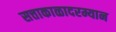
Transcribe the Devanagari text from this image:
सत्ताकाळादरम्यान